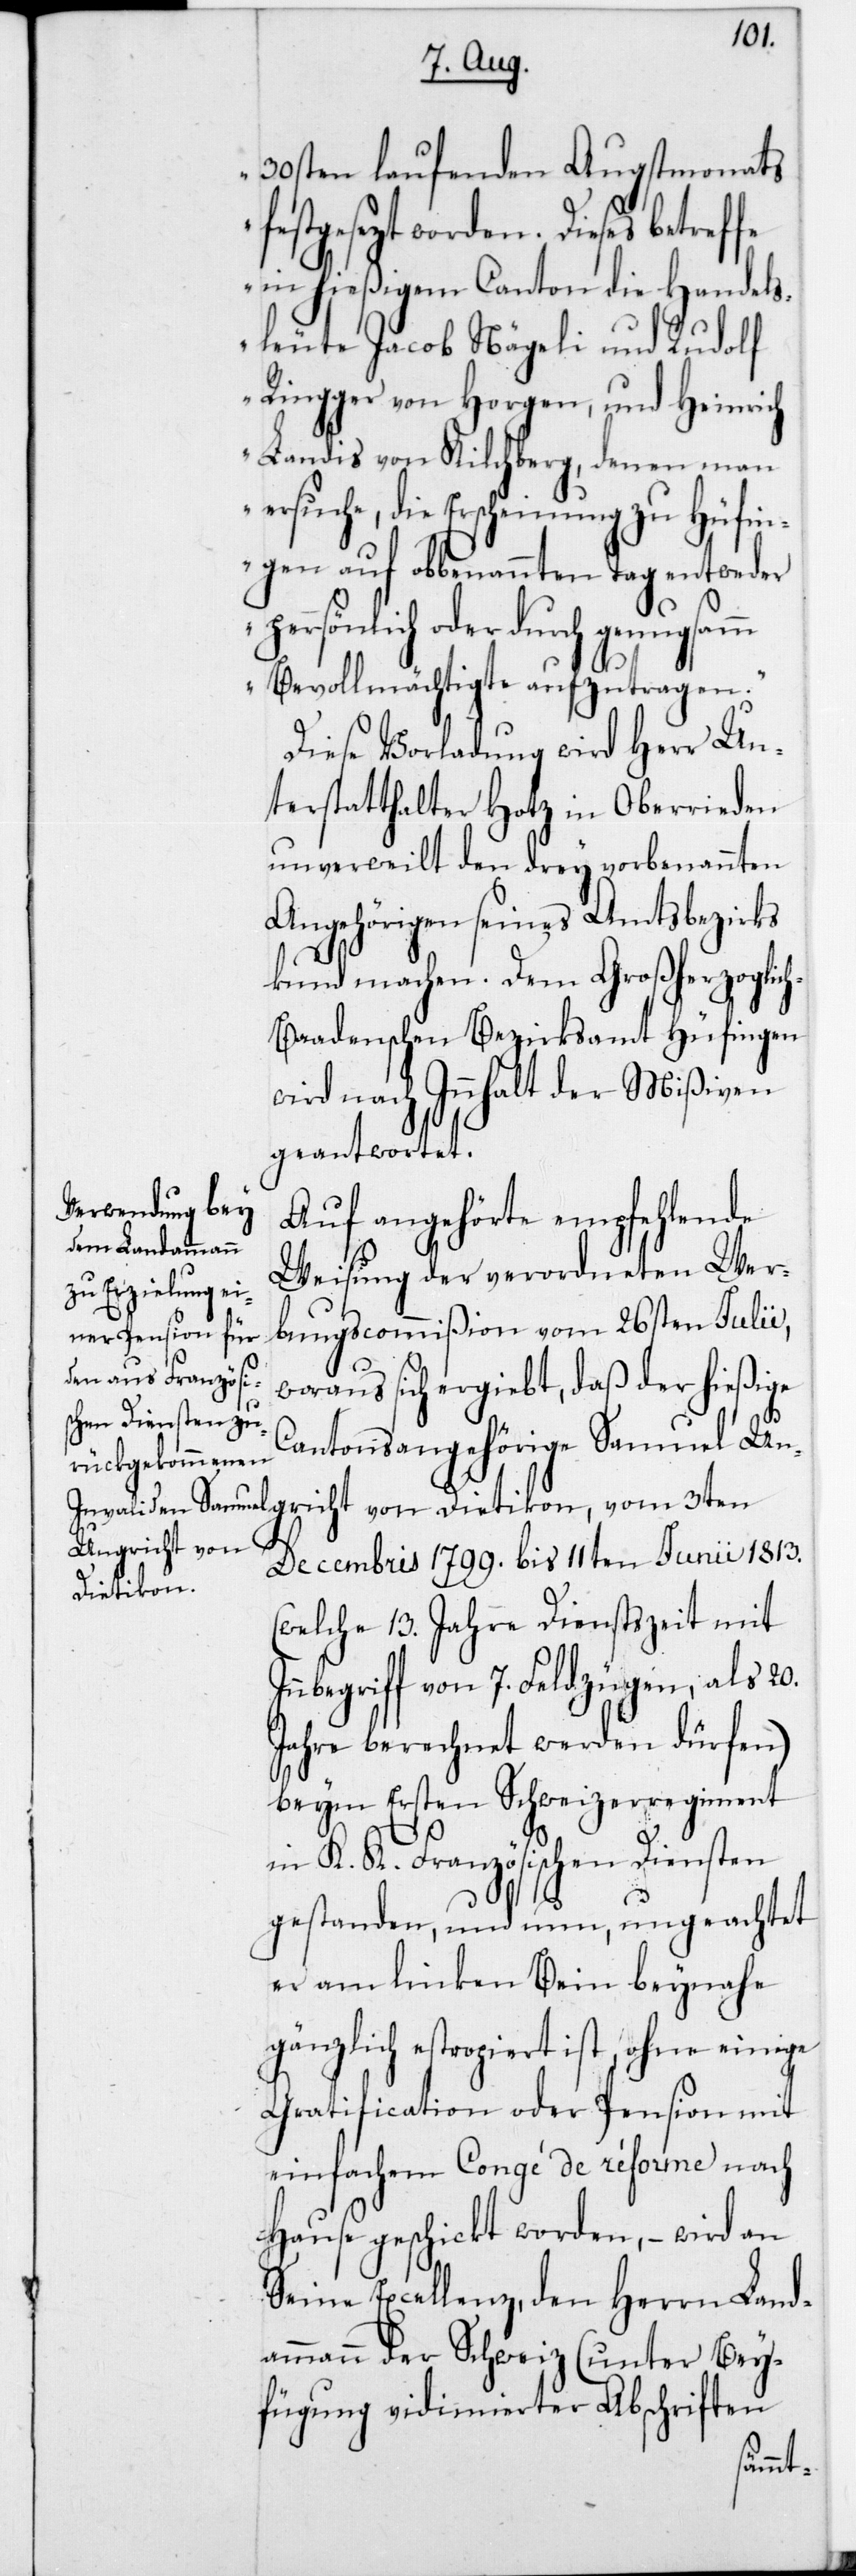
30sten laufenden Augstmonats
stgesetzt worden. Dieses
in hießigem Canton die Handels¬
leute Jacob Nägeli und Rudolf
Ringger von Horgen, und Heinrich
Landis von Kilchberg, denen man
ersuche, die Erscheinung zu Hüfin¬
gen auf obbenannten Tag entweder
persönlich oder durch
Bevollmächtigte aufzutragen.“
Diese Vorladung wird Herr Un¬
terstatthalter Hotz in Oberrieden
unverweilt den drey vorbenannten
Angehörigen seines Amtsbezirks
kund machen. Dem Großherzoglic¬
h-Baadenschen Bezirksamt Hüfingen
wird nach Inhalt der Mißiven
geantwortet.
Auf angehörte empfehlende
Weisung der verordneten Wer¬
bungscommißion vom 26sten Julii,
woraus sich ergiebt, daß der hießige
fe¬
Cantonsangehörige Samuel U¬
ngricht von
Decembris 1799 bis 11ten Junii 1813
Dietikon,
(welche 13 Jahre Dienstszeit mit
begriff von 7 Feldzügen als 20
Jahre berechnet werden dürfen)
beym ersten Schweizer Regiment
in K. K. Französischen Diensten
gestanden, und nun, ungeachtet
er am linken Bein beynahe
gänzlich estropiert ist, ohne einige
Gratification oder Pension mit
einfachem Congé de réforme nach
Hause geschickt worden, – wird an
Seine Excellenz,den Herrn Land¬
ammann der Schweiz (unter Bey¬
fügung vidimierter Abschriften
In¬